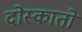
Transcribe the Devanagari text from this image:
दोस्कातों